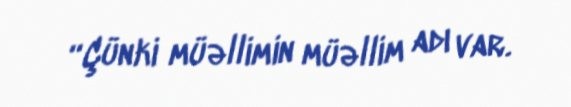
“Çünki müəllimin müəllim adı var.